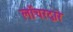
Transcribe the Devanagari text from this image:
लाँचरद्वारे